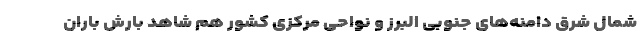
شمال شرق دامنه‌های جنوبی البرز و نواحی مرکزی کشور هم شاهد بارش باران